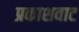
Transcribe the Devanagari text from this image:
प्रकाशवाट